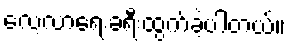
လေ့လာရေးခရီးထွက်ခဲ့ပါတယ်။